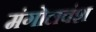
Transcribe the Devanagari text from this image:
मंगोलवंश